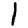
Digit: 1